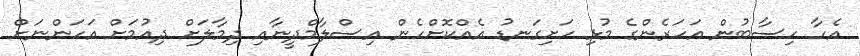
އެހާ ހިސާބުން އަހަރެންގެ މުޅި ހަށިގަނޑު އެއްކޮށްހެން އިސްލާމްދީނާއި ދިމާލަށް ދިއުމަށް އަހަންނަށް